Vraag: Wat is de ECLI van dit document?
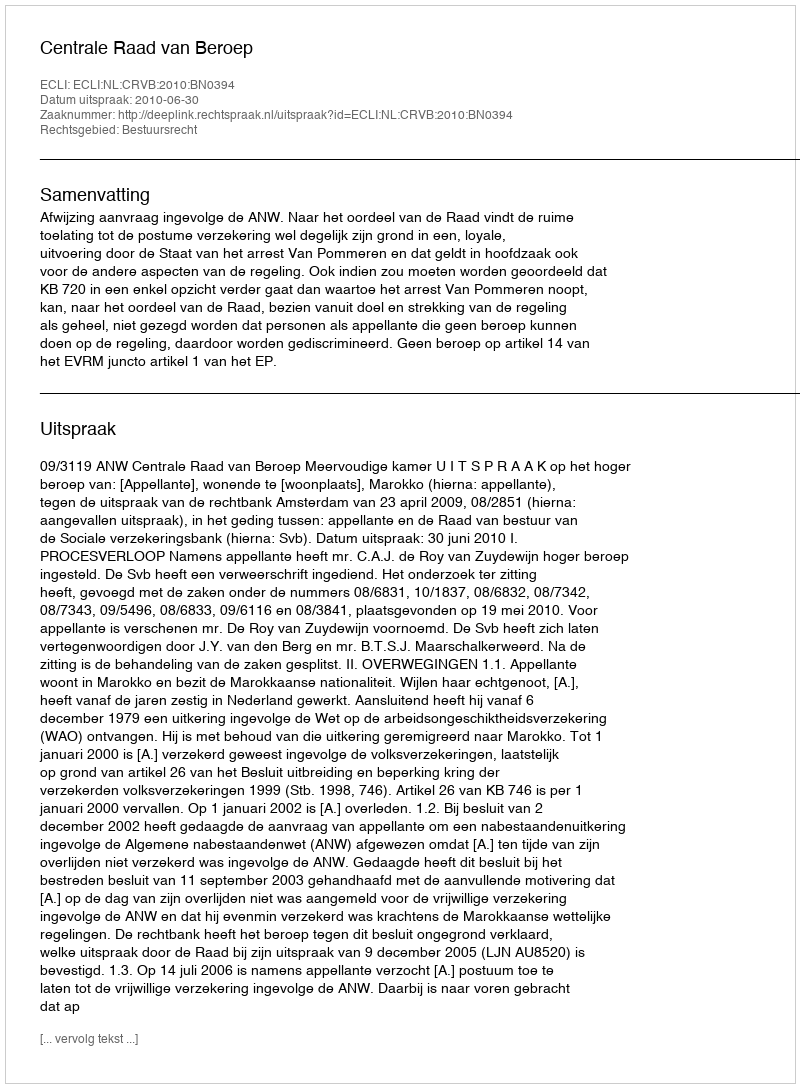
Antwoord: ECLI:NL:CRVB:2010:BN0394